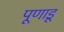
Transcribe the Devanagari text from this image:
पूणाडू